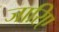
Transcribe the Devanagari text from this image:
जारिए